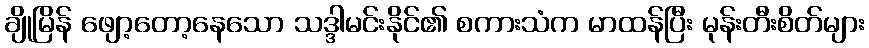
ချိုမြိန် ဖျော့တော့နေသော သဒ္ဒါမင်းနိုင်၏ စကားသံက မာထန်ပြီး မုန်းတီးစိတ်များ